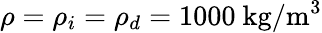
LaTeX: \rho=\rho_{i}=\rho_{d}=1000~{\textrm{kg}}/{\textrm{m}^{3}}